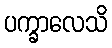
ပက္ခာလေသိ